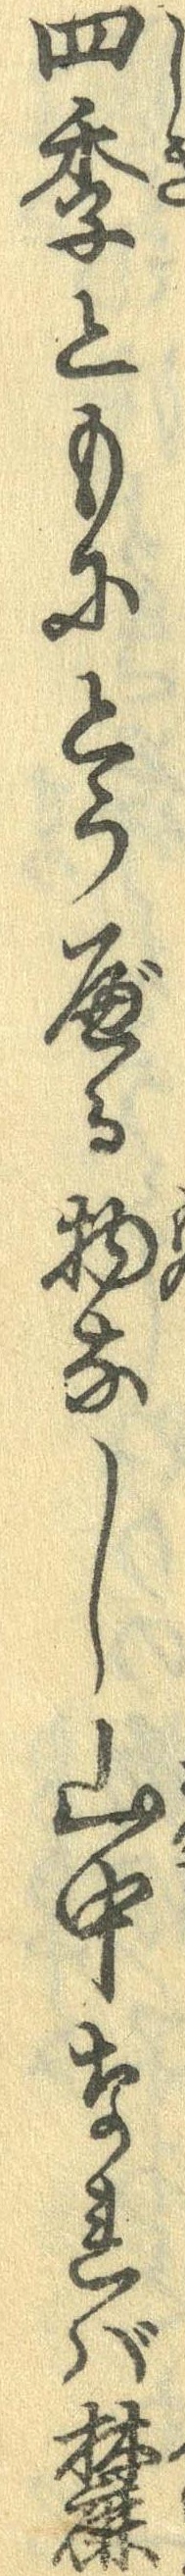
四季ともにとうべる物なし山中なれば麓